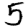
Digit: 5